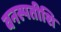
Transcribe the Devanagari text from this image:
वनस्पतीशि